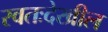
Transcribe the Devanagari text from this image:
स्वतःदेखील